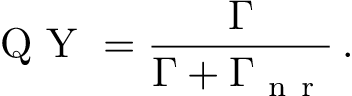
\textrm { Q Y } = \frac { \Gamma } { \Gamma + \Gamma _ { \mathrm { ~ n ~ r ~ } } } \, .